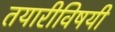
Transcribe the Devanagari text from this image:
तयारीविषयी